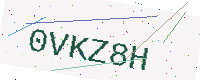
Text: 0VKZ8H